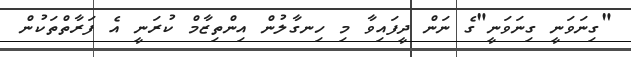
"ގިނަވަނީ ގިނަވަނީ"ގެ ނަން ދީފައިވާ މި ހިނގާލުން އިންތިޒާމް ކުރަނީ އެ ފަރާތްތަކުން